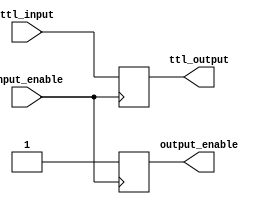
module ttl_buffer (
    input wire ttl_input,
    output reg ttl_output,
    input wire input_enable,
    output reg output_enable
);

always @ (posedge input_enable)
begin
    ttl_output <= ttl_input;
    output_enable <= 1;
end

endmodule